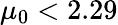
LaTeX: \mu_{0}<2.29